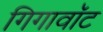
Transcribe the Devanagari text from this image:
गिगावॉट